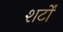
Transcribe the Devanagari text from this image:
शर्टों